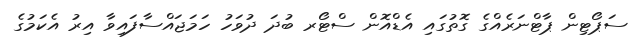
ސަޕޯޓިން ޕާޓްނަރެއްގެ ގޮތުގައި އެޑްއޮން ސްޓޯރ ބުދަ ދުވަހު ހަމަޖައްސާފައިވާ އިރު އެކަމުގެ